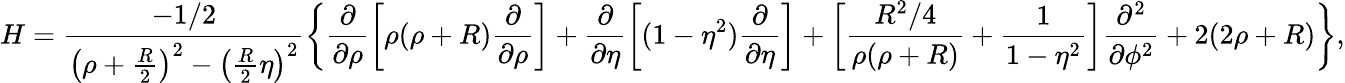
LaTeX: H=\frac{-1/2}{\left(\rho+\frac{R}{2}\right)^{2}-\left(\frac{R}{2}\eta\right)^{2}}\left\{ \frac{\partial}{\partial\rho}\left[\rho(\rho+R)\frac{\partial}{\partial\rho}\right]+\frac{\partial}{\partial\eta}\left[(1-\eta^{2})\frac{\partial}{\partial\eta}\right]+\left[\frac{R^{2}/4}{\rho(\rho+R)}+\frac{1}{1-\eta^{2}}\right]\frac{\partial^{2}}{\partial\phi^{2}}+2(2\rho+R)\right\} ,